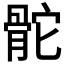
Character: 𩨭